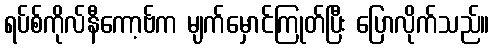
ရပ်စ်ကိုလ်နီကော့ဗ်က မျက်မှောင်ကြုတ်ပြီး ပြောလိုက်သည်။